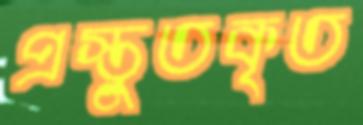
প্রস্তুতকৃত